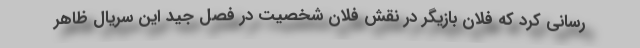
رسانی کرد که فلان بازیگر در نقش فلان شخصیت در فصل جید این سریال ظاهر